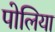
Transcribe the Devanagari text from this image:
पोलिया